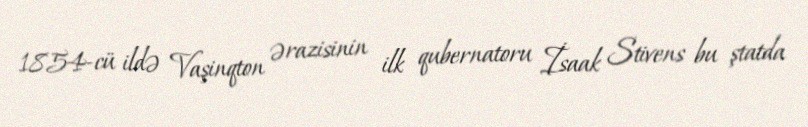
1854-cü ildə Vaşinqton ərazisinin ilk qubernatoru İsaak Stivens bu ştatda